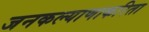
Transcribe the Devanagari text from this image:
जनकल्याणाकरिता